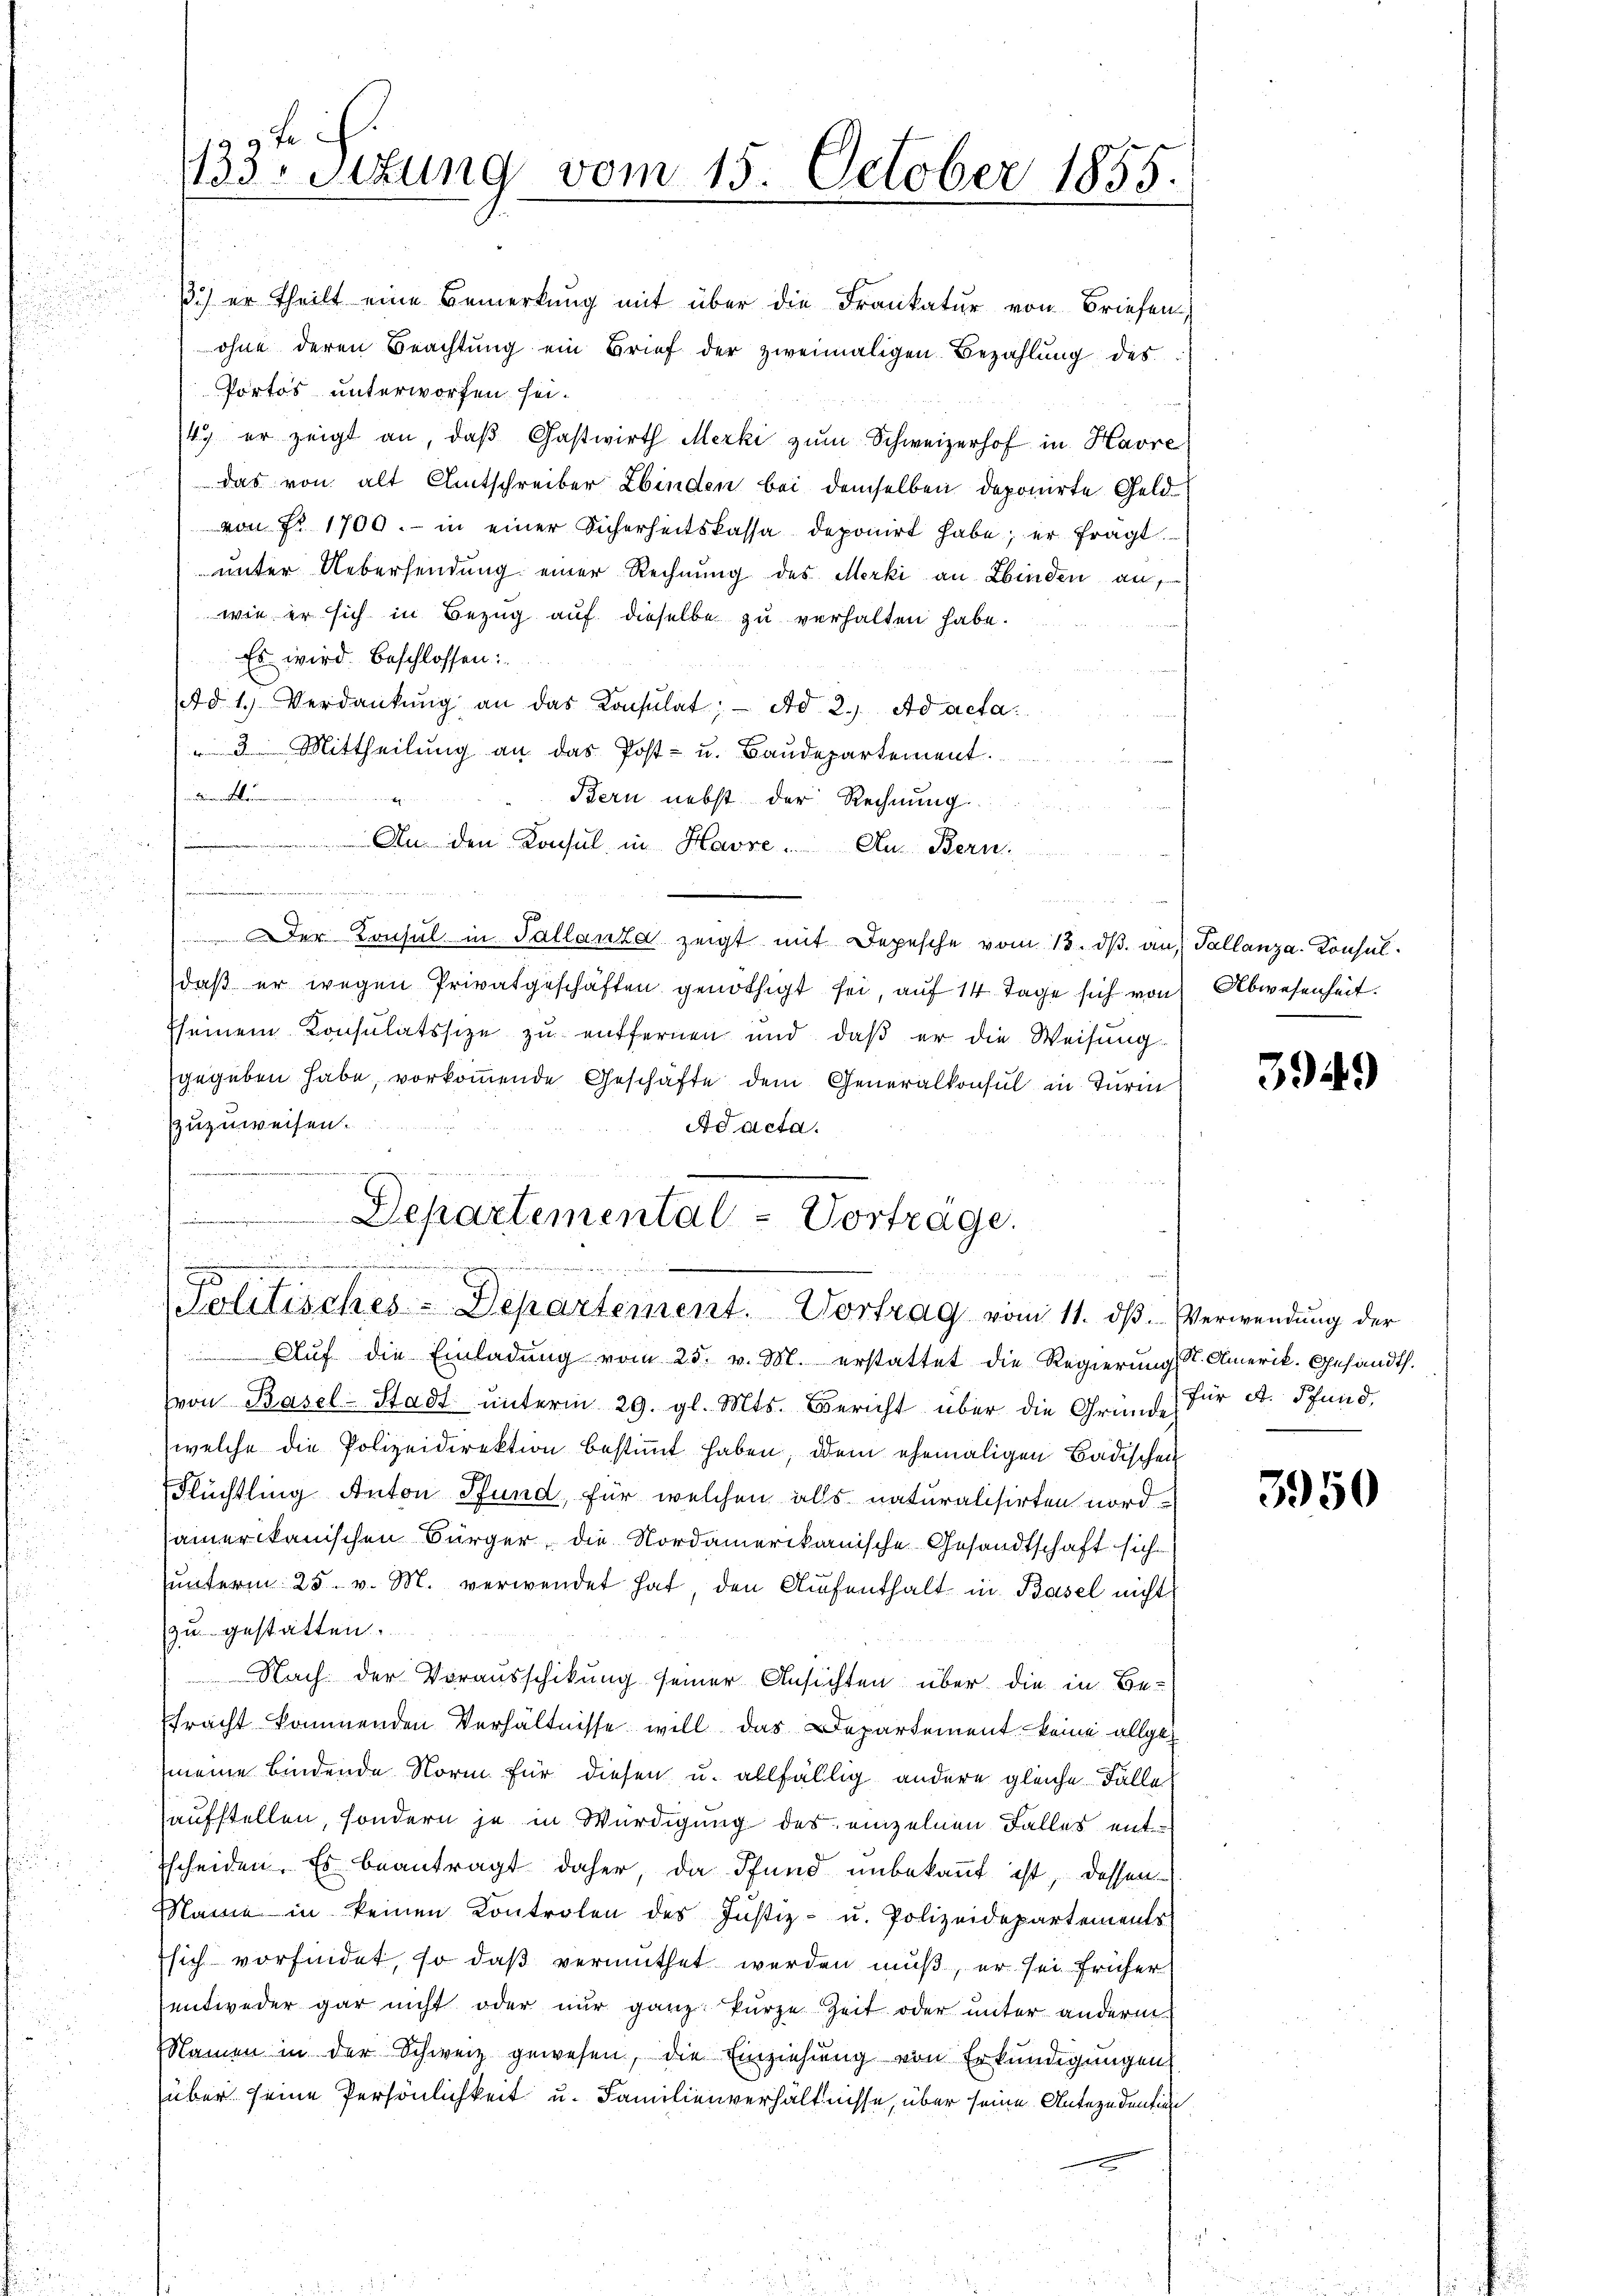
tif.
1133. Situng vom 15. October 1855.

3.) er theilt eine Bemerkung mit über die Frankatur von Briefen
ohne deren Beachtŭng ein Brief der zweimaligen Bezahlŭng des
Portos unterworfen sei.
4) er zeigt an, daß Gastwirth Merki zum Schweizerhof in Havre
das von alt Amtschreiber binden bei demselben deponirte Geld
von Fr. 1700.- in einer Sicherheitskassa deponirt habe; er fragt.
unter Uebersendung einer Rechnung des Merki an Kinden, auf
wie er sich in Bezug auf dieselbe zu verhalten habe.
Es wird beschlossen:
d 1. Verdankŭng an das Konsulat; - Ad 2. Ad acta.
 3 Mittheilung an das Post- u. Baudepartement.
unddientatieren un
1
Bern nebst der Rechnung
 An den Konsul in Havre. An Bern.
 verleiche
Der Konsul in Tallanza zeigt mit Depesche vom 13. dβ an, Tallanza. Konsuldaβ er wegen Privatgeschäften genöthigt sei, auf 14 Tage sich von Abwesenheit.
sseinem Consulatssize zu entfernen und daß er die Weisung
gegeben habe, vorkommende Geschäfte dem Generalkonsul in Turin
zuzuweisen.
Ad acta.
eu in eine

Departemental-Vortrage.
5
Politisches-Departement. Vortrag vom 11. dβ. Verwendung der

Auf die Einladung vom 25. v. M. erstattet die Regierung St. Amerik. Gesandth.
von Basel-Stadt ŭnterm 29. gl. Mts. Bericht über die Gründe für A. Pfund,
(welche die Polizeidirektion bestimmt haben, dem ehemaligen Badischen
Flüchtling Anton Pfund, für welchen alls naturalisirten nord-
amerikanischen Bürger, die Nordamerikanische Gesandtschaft sich
ŭnterm 25. v. M. verwendet hat, den Aufenthalt in Basel nicht
zu gestatten.
Nach der Vorausschikung seiner Ansichten über die in Be-
fracht kommenden Verhältnisse will das Departement keine allges
meine bindende Norm für diesen u. allfällig andere gleiche Fälle
aufstellen, sondern je in Würdigung des einzelnen Falles ent-
sscheiden. Es beantragt daher, da Pfund unbekannt ist, dessen
Name in keinen Kontrolen des Justiz- u. Polizeidepartements
sich vorfindet, so daß vermuthet werden muß, er sei früher
entweder gar nicht oder nur ganz kurze Zeit oder unter anderm
Namen in der Schweiz gewesen, die Einziehung von Erkundigungen
über seine Persönlichkeit u. Familienverhältnisse, über seine Antezedention

3949

3950